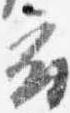
府